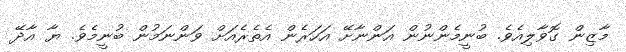
މާޒިން ގޮވާލިއެވެ. ބުނީމެންނުން އަންނާށޭ އަހަރެން އެތެރެއަށް ވަންނަމުން ބުނީމެވެ. ޔާ އާދޭ